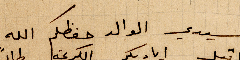
سيدي الوالد حفظكم الله